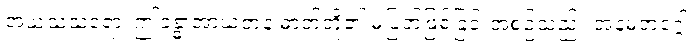
အယံသံသရော၊ ဤခန္ဓာအာယတန ဓာတ်တို့၏ မပြတ်ဖြစ်ခြင်းအစဉ်သည်။ အနမတဂ္ဂေါ၊